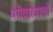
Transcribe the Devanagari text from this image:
परीवारवालों